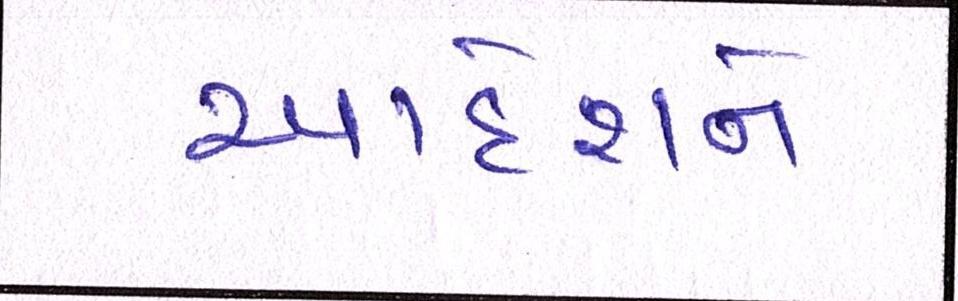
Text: આદેશને